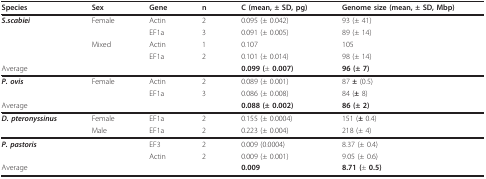
| Species | Sex | Gene | n | C (mean, ± SD, pg) | Genome size (mean, ± SD, Mbp) |
 | --- | --- | --- | --- | --- | --- |
 | S.scabiei | Female | Actin | 2 | 0.095 (± 0.042) | 93 (± 41) |
 |  |  | EF1a | 3 | 0.091 (± 0.005) | 89 (± 14) |
 |  | Mixed | Actin | 1 | 0.107 | 105 |
 |  |  | EF1a | 2 | 0.101 (± 0.014) | 98 (± 14) |
 | Average |  |  |  | 0.099 (± 0.007) | 96 (± 7) |
 | P. ovis | Female | Actin | 2 | 0.089 (± 0.001) | 87 ± (0.5) |
 |  |  | EF1a | 3 | 0.086 (± 0.008) | 84 (± 8) |
 | Average |  |  |  | 0.088 (± 0.002) | 86 (± 2) |
 | D. pteronyssinus | Female | EF1a | 2 | 0.155 (± 0.0004) | 151 (± 0.4) |
 |  | Male | EF1a | 2 | 0.223 (± 0.004) | 218 (± 4) |
 | P. pastoris |  | EF3 | 2 | 0.009 (0.0004) | 8.37 (± 0.4) |
 |  |  | Actin | 2 | 0.009 (± 0.001) | 9.05 (± 0.6) |
 | Average |  |  |  | 0.009 | 8.71 (± 0.5) |